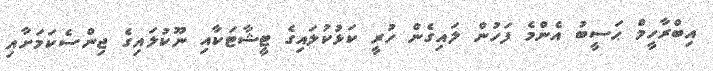
އިބްރާހީމް ޙަސީބު އެންމެ ފަހުން ލައިގެން ހުރީ ކަޅުކުލައިގެ ޓީޝާޓަކާއި ނޫކުލައިގެ ޖިންސެކަމަށާއި